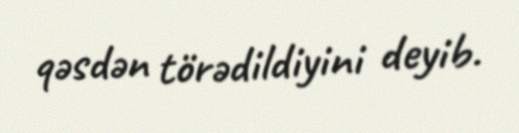
qəsdən törədildiyini deyib.